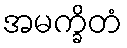
အမက္ခိတံ